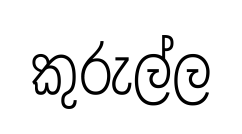
කුරුල්ල